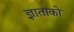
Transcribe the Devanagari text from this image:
ज्ञाताको